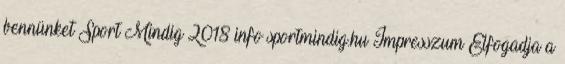
bennünket Sport Mindig 2018 info sportmindig.hu Impresszum Elfogadja a